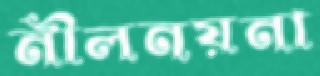
নীলনয়না